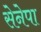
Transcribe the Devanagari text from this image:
सेनेपा